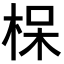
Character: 𪲖